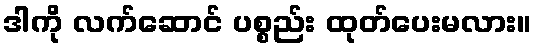
ဒါကို လက်ဆောင် ပစ္စည်း ထုတ်ပေးမလား။